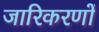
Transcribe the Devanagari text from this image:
जारिकरणों